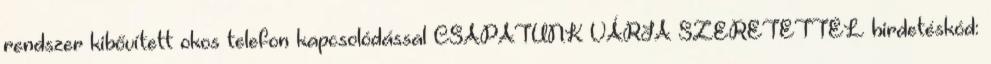
rendszer kibővített okos telefon kapcsolódással CSAPATUNK VÁRJA SZERETETTEL hirdetéskód: